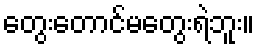
တွေးတောင်မတွေးရဲဘူး။